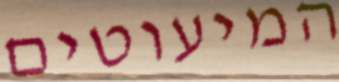
המיעוטים